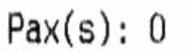
PAX(S): 0